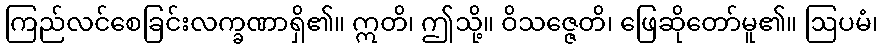
ကြည်လင်စေခြင်းလက္ခဏာရှိ၏။ ဣတိ၊ ဤသို့။ ဝိသဇ္ဇေတိ၊ ဖြေဆိုတော်မူ၏။ ဩပမံ၊